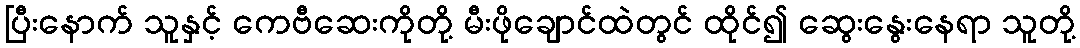
ပြီးနောက် သူနှင့် ကေဗီဆေးကိုတို့ မီးဖိုချောင်ထဲတွင် ထိုင်၍ ဆွေးနွေးနေရာ သူတို့